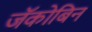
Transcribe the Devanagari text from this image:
जॅकोबिन